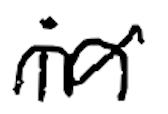
Text: in
Cross-out: mix
Writing tool: digital_black